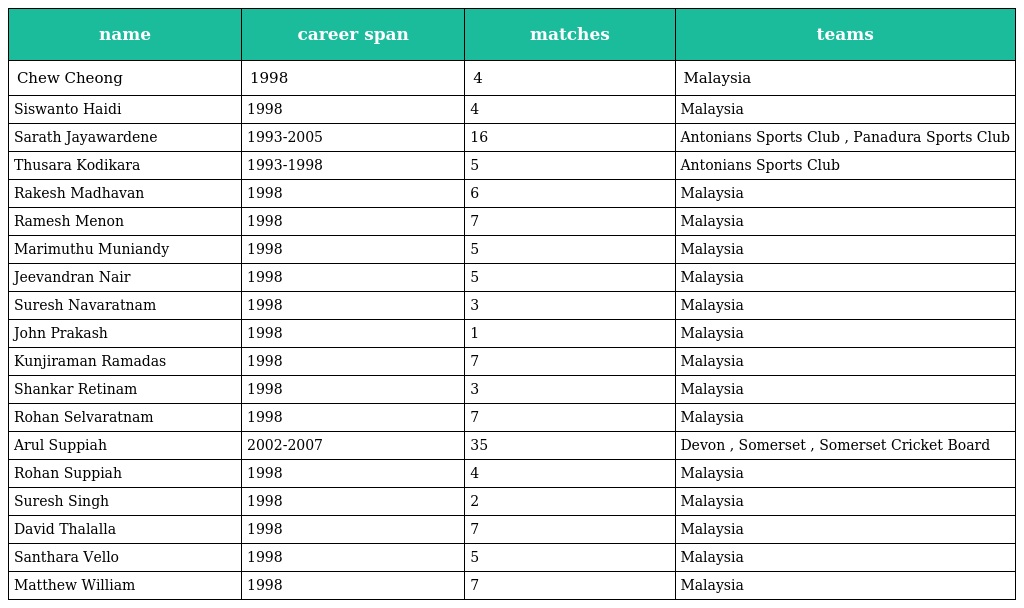
| name | career span | matches | teams |
 | --- | --- | --- | --- |
 | Chew Cheong | 1998 | 4 | Malaysia |
 | Siswanto Haidi | 1998 | 4 | Malaysia |
 | Sarath Jayawardene | 1993-2005 | 16 | Antonians Sports Club , Panadura Sports Club |
 | Thusara Kodikara | 1993-1998 | 5 | Antonians Sports Club |
 | Rakesh Madhavan | 1998 | 6 | Malaysia |
 | Ramesh Menon | 1998 | 7 | Malaysia |
 | Marimuthu Muniandy | 1998 | 5 | Malaysia |
 | Jeevandran Nair | 1998 | 5 | Malaysia |
 | Suresh Navaratnam | 1998 | 3 | Malaysia |
 | John Prakash | 1998 | 1 | Malaysia |
 | Kunjiraman Ramadas | 1998 | 7 | Malaysia |
 | Shankar Retinam | 1998 | 3 | Malaysia |
 | Rohan Selvaratnam | 1998 | 7 | Malaysia |
 | Arul Suppiah | 2002-2007 | 35 | Devon , Somerset , Somerset Cricket Board |
 | Rohan Suppiah | 1998 | 4 | Malaysia |
 | Suresh Singh | 1998 | 2 | Malaysia |
 | David Thalalla | 1998 | 7 | Malaysia |
 | Santhara Vello | 1998 | 5 | Malaysia |
 | Matthew William | 1998 | 7 | Malaysia |